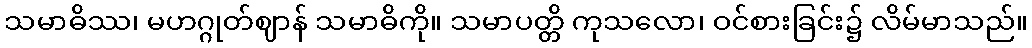
သမာဓိဿ၊ မဟဂ္ဂုတ်ဈာန် သမာဓိကို။ သမာပတ္တိ ကုသလော၊ ဝင်စားခြင်း၌ လိမ်မာသည်။